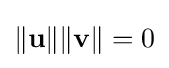
\|\mathbf {u} \|\|\mathbf {v} \|=0